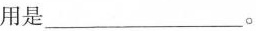
用是___。